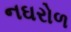
નઘરોળ